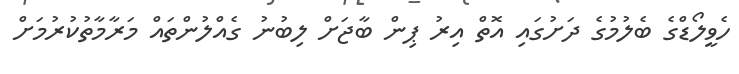
ހެވީލޯޑްގެ ބެލުމުގެ ދަށުގައި އޮތް އިރު ޕިން ބާޖަށް ލިބުނު ގެއްލުންތައް މަރާމާތުކުރުމަށް